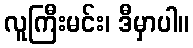
လူကြီးမင်း၊ ဒီမှာပါ။